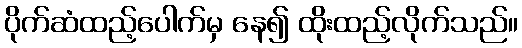
ပိုက်ဆံထည့်ပေါက်မှ နေ၍ ထိုးထည့်လိုက်သည်။